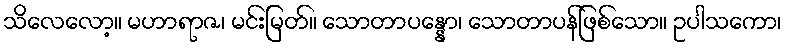
သိလေလော့။ မဟာရာဇ၊ မင်းမြတ်။ သောတာပန္နော၊ သောတာပန်ဖြစ်သော။ ဥပါသကော၊